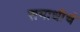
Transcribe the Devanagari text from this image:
समाधीचं